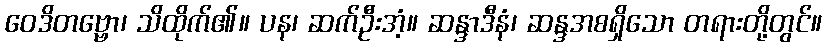
ဝေဒိတဗ္ဗော၊ သိထိုက်၏။ ပန၊ ဆက်ဦးအံ့။ ဆန္ဒာဒီနံ၊ ဆန္ဒအစရှိသော တရားတို့တွင်။